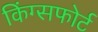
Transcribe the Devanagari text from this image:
किंग्सफोर्ट